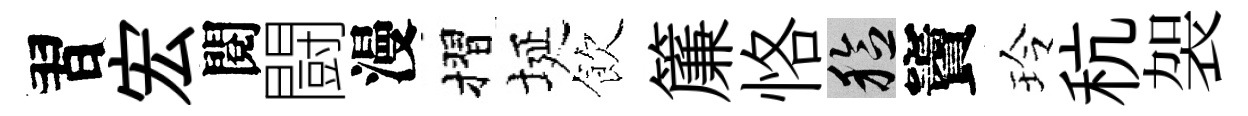
習宏閱闘漫摺埏飲簾恪稔竇玲秔袈